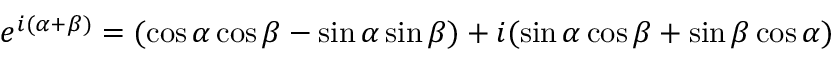
e ^ { i ( \alpha + \beta ) } = ( \cos \alpha \cos \beta - \sin \alpha \sin \beta ) + i ( \sin \alpha \cos \beta + \sin \beta \cos \alpha )